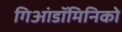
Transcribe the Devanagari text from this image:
गिआंडॉमिनिको